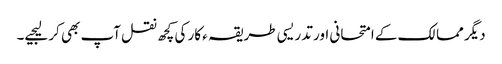
دیگر ممالک کے امتحانی اور تدریسی طریقہ ء کار کی کچھ نقل آپ بھی کر لیجیے۔